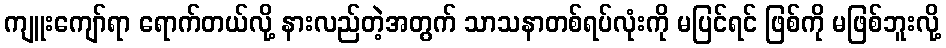
ကျူးကျော်ရာ ရောက်တယ်လို့ နားလည်တဲ့အတွက် သာသနာတစ်ရပ်လုံးကို မပြင်ရင် ဖြစ်ကို မဖြစ်ဘူးလို့